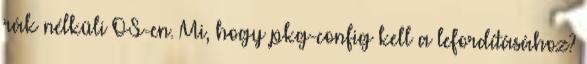
rák nélküli OS-en. Mi, hogy pkg-config kell a lefordításához?